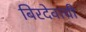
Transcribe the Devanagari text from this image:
बिरदेवाची